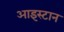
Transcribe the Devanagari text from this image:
आइस्टान